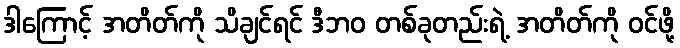
ဒါကြောင့် အတိတ်ကို သိချင်ရင် ဒီဘဝ တစ်ခုတည်းရဲ့ အတိတ်ကို ဝင်ဖို့